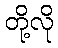
တို့လို